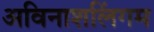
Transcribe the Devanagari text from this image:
अविनाशलिंगम